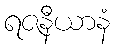
ရဇနီယာနံ